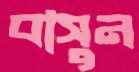
বাসুন